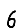
Digit: 6